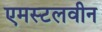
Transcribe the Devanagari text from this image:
एमस्टलवीन